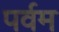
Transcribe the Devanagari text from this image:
पर्वम